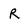
Character: R